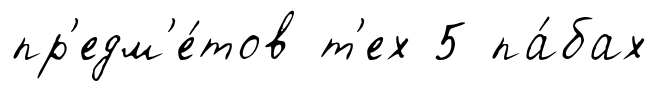
пр'едм'е́тов т'ех 5 па́бах